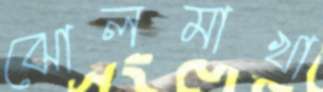
ঝোলমাখা